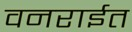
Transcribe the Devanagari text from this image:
वनराईत